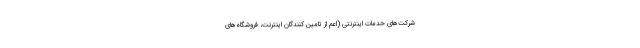
شرکت‌های خدمات اینترنتی (اعم از تامین کنندگان اینترنت، فروشگاه‌های